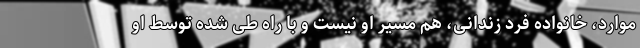
موارد، خانواده فرد زندانی، هم مسیر او نیست و با راه طی شده توسط او